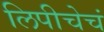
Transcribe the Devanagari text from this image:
लिपीचेचं